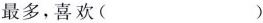
最多，喜欢( )